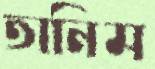
তানিম